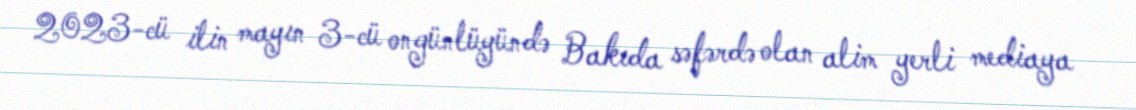
2023-cü ilin mayın 3-cü ongünlüyündə Bakıda səfərdə olan alim yerli mediaya